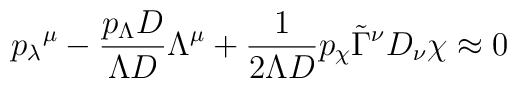
{p_\lambda}^\mu -\frac{p_\Lambda D}{\Lambda D}\Lambda^\mu +\frac 1{2\Lambda D}p_\chi\tilde\Gamma^\nu D_\nu\chi\approx0